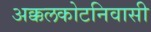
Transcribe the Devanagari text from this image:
अक्कलकोटनिवासी